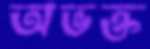
অভক্ত